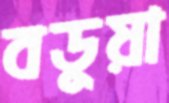
বডুয়া